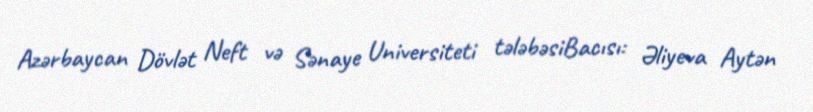
Azərbaycan Dövlət Neft və Sənaye Universiteti tələbəsiBacısı: Əliyeva Aytən